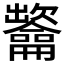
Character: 𲎯